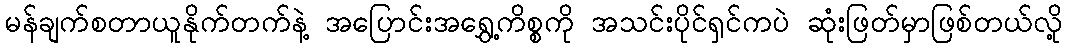
မန်ချက်စတာယူနိုက်တက်နဲ့ အပြောင်းအရွှေ့ကိစ္စကို အသင်းပိုင်ရှင်ကပဲ ဆုံးဖြတ်မှာဖြစ်တယ်လို့